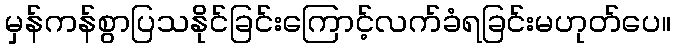
မှန်ကန်စွာပြသနိုင်ခြင်းကြောင့်လက်ခံရခြင်းမဟုတ်ပေ။